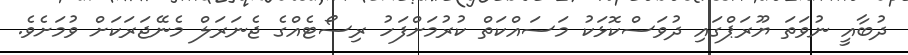
ދުބާއީ ނުވަަތަ ޔޫރަޕްގައި ދުވަސްކޮޅަކު މަސައްކަތް ކުރުމަށްފަހު ރިސޯޓެއްގެ ޖެނަރަލް މެނޭޖަރަކަށް ވުމަށެވެ.